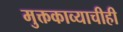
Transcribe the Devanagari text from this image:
मुक्तकाव्याचीही